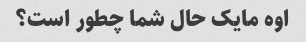
اوه مایک حال شما چطور است؟